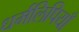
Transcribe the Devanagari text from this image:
धर्मलिपियाँ